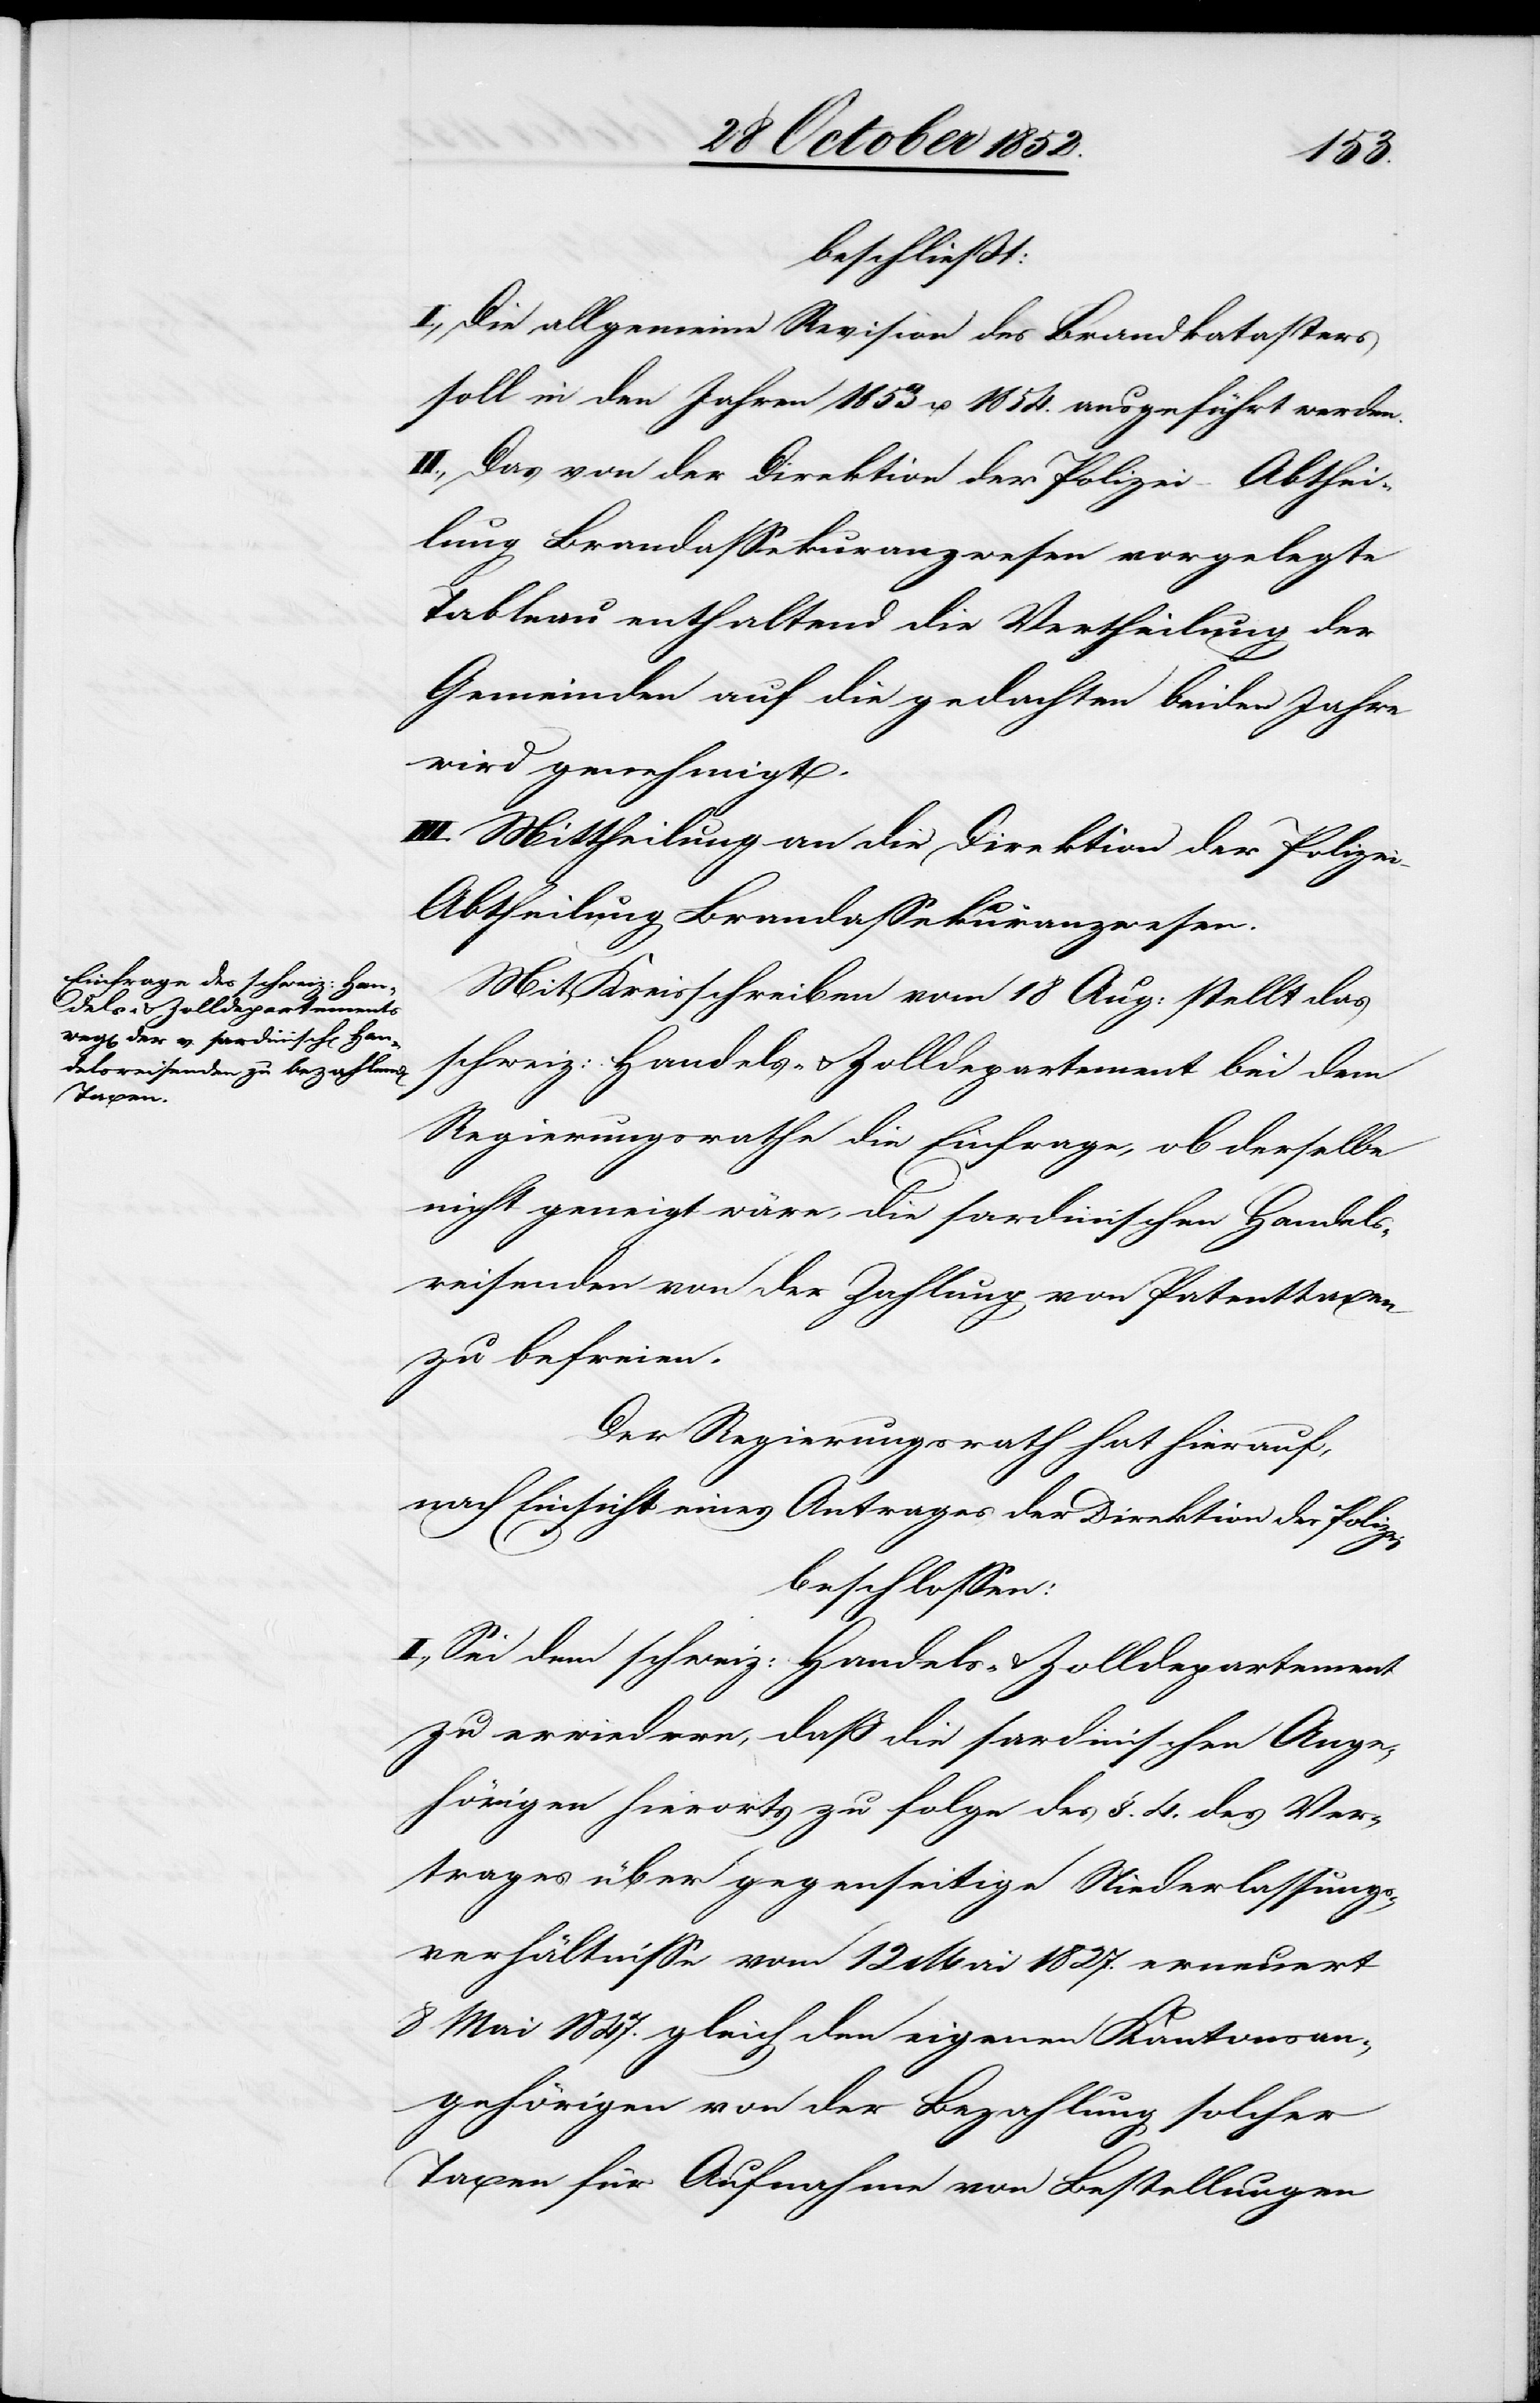
beschließt:
I., Die allgemeine Revision des Brandkatasters
soll in den Jahren 1853 u. 1854. ausgeführt werden.
II., Das von der Direktion der Polizei – Abthei¬
lung Brandassekuranzwesen vorgelegte
Tableau enthaltend die Vertheilung der
Gemeinden auf die gedachten beiden Jahre
wird genehmigt.
III. Mittheilung an die Direktion der Polizei
Abtheilung Brandassekuranzwesen.
Mit Kreisschreiben vom 18 Aug: stellt das
schweiz: Handels- & Zolldepartement bei dem
Regierungsrathe die Einfrage, ob derselbe
nicht geneigt wäre, die sardinischen Handels¬
reisenden von der Zahlung von Patenttaxen
zu befreien.
Der Regierungsrath hat hierauf,
nach Einsicht eines Antrages der Direktion der Polizei
beschlossen:
I., Sei dem schweiz: Handels- & Zolldepartement
zu erwiedern, daß die sardinischen Ange¬
hörigen hierorts zu folge des §. 4. des Ver¬
trages über gegenseitige Niederlassungs¬
verhältnisse vom 12 Mai 1827. erneuert
8 Mai 1847. gleich den eigenen Kantonsan¬
gehörigen von der Bezahlung solcher
Taxen für Aufnahme von Bestellungen